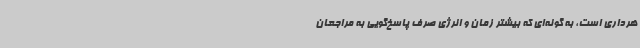
هرداری است، به گونه‌ای که بیشتر زمان و انرژی صرف پاسخ‌گویی به مراجعان